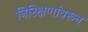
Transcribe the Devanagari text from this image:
निरिक्षणांवरून